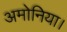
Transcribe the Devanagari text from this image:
अमोनिया।